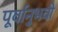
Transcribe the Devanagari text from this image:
पूर्वानुभवी